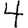
Digit: 4